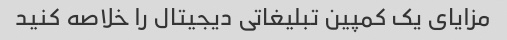
مزایای یک کمپین تبلیغاتی دیجیتال را خلاصه کنید